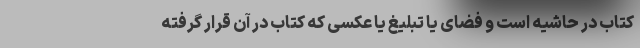
کتاب در حاشیه است و فضای یا تبلیغ یا عکسی که کتاب در آن قرار گرفته